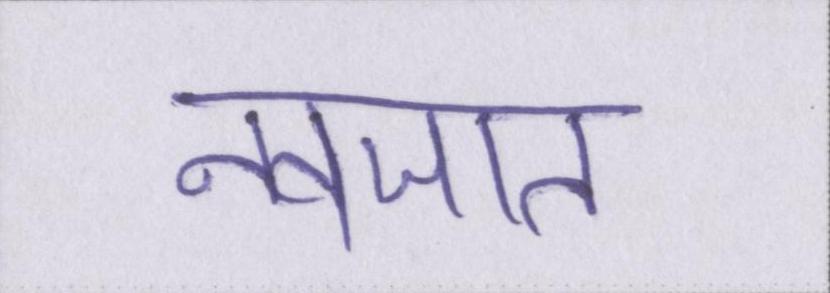
नवजात